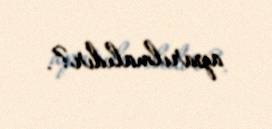
aparılmalıdır?.